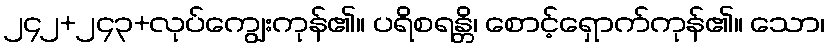
၂၄၂+၂၄၃+လုပ်ကျွေးကုန်၏။ ပရိစရန္တိ၊ စောင့်ရှောက်ကုန်၏။ သော၊